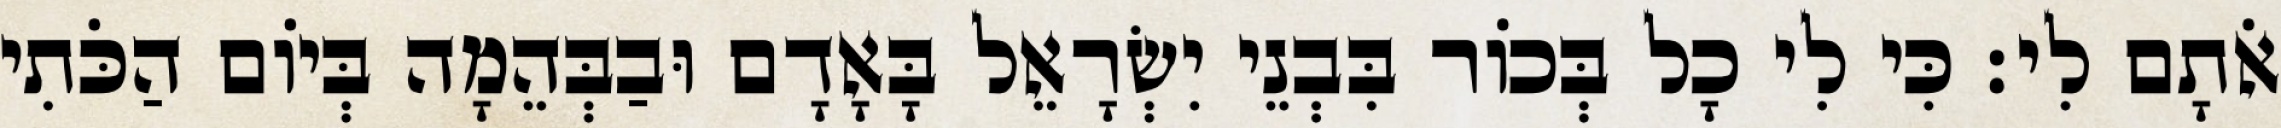
אֹתָם לִי׃ כִּי לִי כָל בְּכוֹר בִּבְנֵי יִשְׂרָאֵל בָּאָדָם וּבַבְּהֵמָה בְּיוֹם הַכֹּתִי